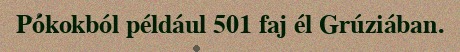
Pókokból például 501 faj él Grúziában.